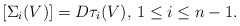
\begin{align*} [\Sigma_i(V)]=D\tau_i(V),\, 1\le i\le n-1.\end{align*}